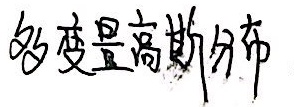
多变量高斯分布